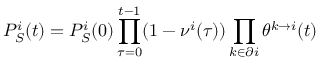
P _ { S } ^ { i } ( t ) = P _ { S } ^ { i } ( 0 ) \prod _ { \tau = 0 } ^ { t - 1 } ( 1 - \nu ^ { i } ( \tau ) ) \prod _ { k \in \partial i } \theta ^ { k \to i } ( t )